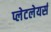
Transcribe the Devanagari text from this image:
प्लेटलेयर्स